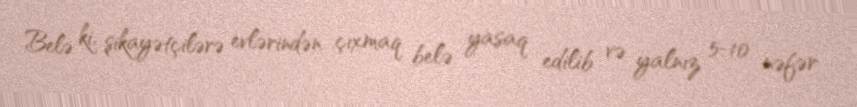
Belə ki, şikayətçilərə evlərindən çıxmaq belə yasaq edilib və yalnız 5-10 nəfər